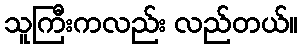
သူကြီးကလည်း လည်တယ်။